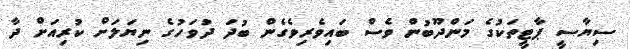
ސިޔާސީ ޕާޓީތަކުގެ މަންދޫބުން ވެސް ބައިވެރިވެގެން ބުދަ ދުވަހުގެ ނިޔަލަށް ކުރިއަށް ދާ